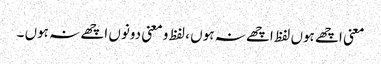
معنی اچھے ہوں لفظ اچھے نہ ہوں ، لفظ و معنی دونوں اچھے نہ ہوں ۔